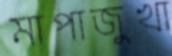
মাপাজুখা